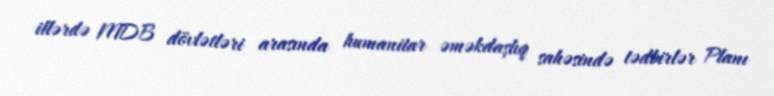
illərdə MDB dövlətləri arasında humanitar əməkdaşlıq sahəsində tədbirlər Planı